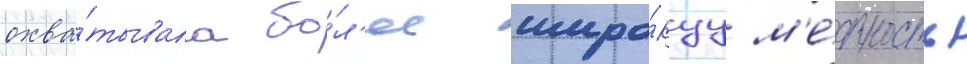
охва́тывала бо́л'ее широ́куу м'е́стность